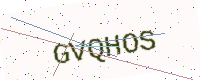
Text: GVQHOS